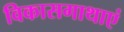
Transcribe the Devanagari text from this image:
विकासगाथाएं